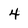
Character: 4